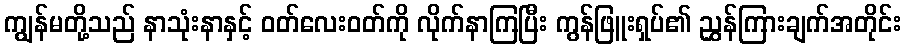
ကျွန်မတို့သည် နာသုံးနာနှင့် ဝတ်လေးဝတ်ကို လိုက်နာကြပြီး ကွန်ဖြူးရှပ်၏ ညွှန်ကြားချက်အတိုင်း